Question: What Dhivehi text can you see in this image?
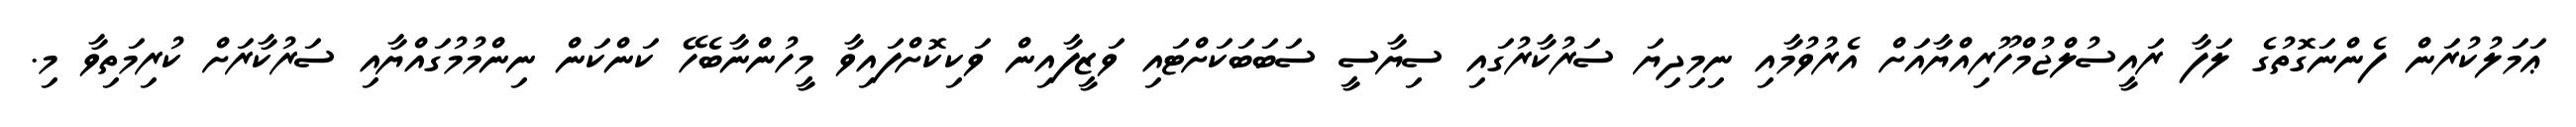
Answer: ޢަމަލުކުރަން ފެންނަގޮތުގެ ލަފާ ރައީސުލްޖުމްހޫރިއްޔާއަށް އެރުވުމާއި ނިމިދިޔަ ސަރުކާރުގައި ސިޔާސީ ސަބަބަކަށްޓައި ވަޒީފާއިން ވަކިކޮށްފައިވާ މީހުންނާބެހޭ ކަންކަން ނިންމުމުގައްޔާއި ސަރުކާރަށް ކުރިމަތިވާ މި.